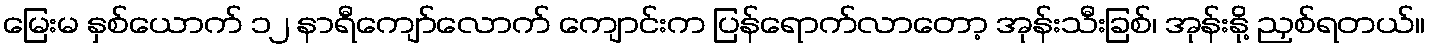
မြေးမ နှစ်ယောက် ၁၂ နာရီကျော်လောက် ကျောင်းက ပြန်ရောက်လာတော့ အုန်းသီးခြစ်၊ အုန်းနို့ ညှစ်ရတယ်။